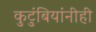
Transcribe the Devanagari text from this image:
कुटुंबियांनीही